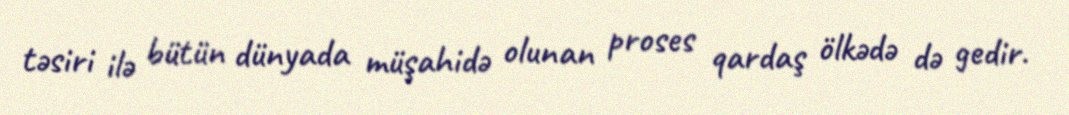
təsiri ilə bütün dünyada müşahidə olunan proses qardaş ölkədə də gedir.